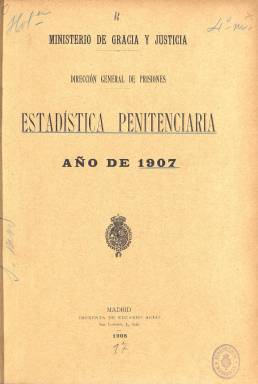
Título: Estadística penitenciaria (Madrid)
Colección: Establecimientos penitenciarios || Anuarios e informes
Ámbito geográfico: Madrid
Lugar de publicación: Madrid
Fechas: 01/01/1907-31/12/1933